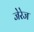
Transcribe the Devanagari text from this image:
जेरेज